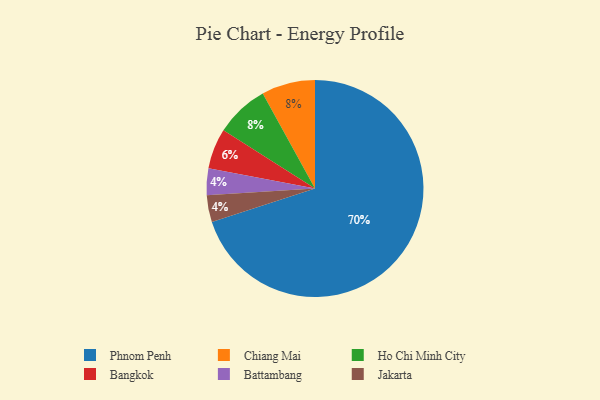
{"axis": {"x": "Category", "y": "Percentage"}, "legend": ["Bangkok", "Battambang", "Chiang Mai", "Ho Chi Minh City", "Jakarta", "Phnom Penh"], "data": [{"x": "Battambang", "y": 4, "type": "Battambang"}, {"x": "Phnom Penh", "y": 70, "type": "Phnom Penh"}, {"x": "Chiang Mai", "y": 8, "type": "Chiang Mai"}, {"x": "Jakarta", "y": 4, "type": "Jakarta"}, {"x": "Ho Chi Minh City", "y": 8, "type": "Ho Chi Minh City"}, {"x": "Bangkok", "y": 6, "type": "Bangkok"}]}